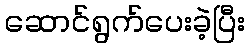
ဆောင်ရွက်ပေးခဲ့ပြီး